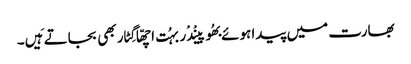
بھارت میں پیدا ہوئے بھُوپینْدْر بہُت اچھّا گِٹار بھی بجاتے ہَیں۔